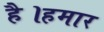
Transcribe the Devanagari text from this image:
है।हमार